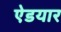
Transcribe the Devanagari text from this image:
ऐडयार